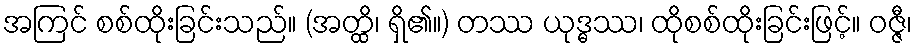
အကြင် စစ်ထိုးခြင်းသည်။ (အတ္ထိ၊ ရှိ၏။) တဿ ယုဒ္ဓဿ၊ ထိုစစ်ထိုးခြင်းဖြင့်။ ဝဇ္ဇီ၊